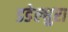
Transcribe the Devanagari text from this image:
डडेल्धुरा